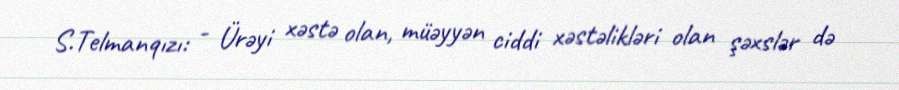
S.Telmanqızı: - Ürəyi xəstə olan, müəyyən ciddi xəstəlikləri olan şəxslər də